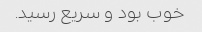
خوب بود و سریع رسید.